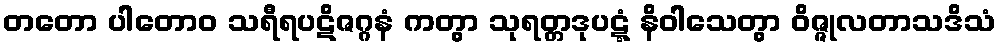
တတော ပါတောဝ သရီရပဋိဇဂ္ဂနံ ကတွာ သုရတ္တဒုပဋ္ဋံ နိဝါသေတွာ ဝိဇ္ဇုလတာသဒိသံ